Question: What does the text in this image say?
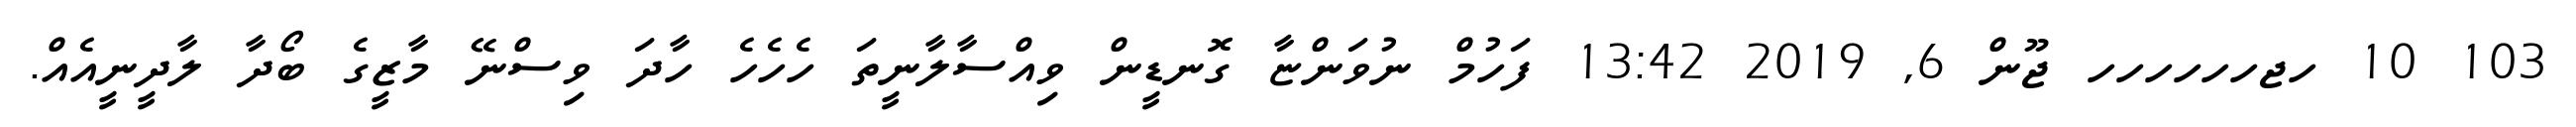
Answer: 103 10 ހޖހހހހހހ ޖޫން 6, 2019 13:42 ފަހުމް ނުވަންޏާ ގޮނޑީން ވިއްސާލާނީތަ ހެހެހެ ހާދަ ވިސްނޭ މާޒީގެ ބޯދާ ލާދީނީއެއް.